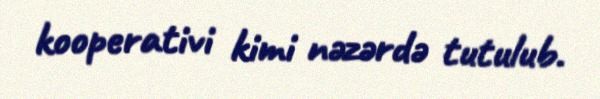
kooperativi kimi nəzərdə tutulub.